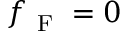
f _ { \mathrm { ~ F ~ } } = 0